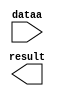
module add_mass05_08 (
	dataa,
	result);

	input	[19:0]  dataa;
	output	[19:0]  result;

endmodule